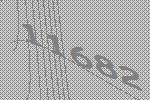
11682